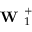
\textbf { W } _ { 1 } ^ { + }